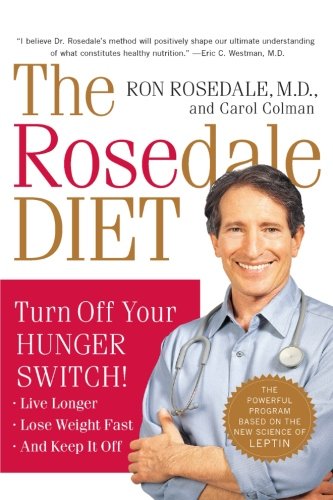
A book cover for The Rosedale Diet; Ron, M.D. Rosedale; Medical Books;